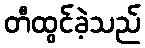
တီထွင်ခဲ့သည်